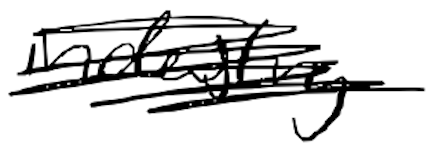
Text: industry
Cross-out: scratch
Writing tool: digital_black